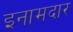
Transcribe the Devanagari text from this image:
इनामदार